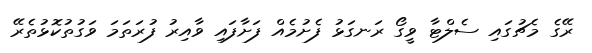
ރޭގެ މެޗުގައި ސެލްޓާ ވީގޯ ރަނގަޅު ފެށުމެއް ފަށާފައި ވާއިރު ފުރަތަމަ ވަގުތުކޮޅުތެރޭ